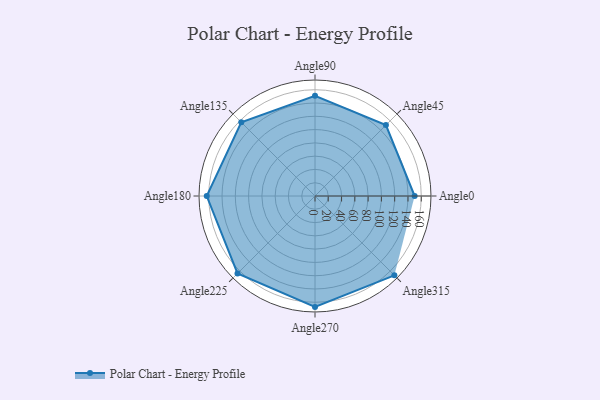
{"axis": {"x": "Angle", "y": "Radius"}, "legend": [""], "data": [{"x": "Angle0", "y": 150.0, "type": ""}, {"x": "Angle45", "y": 151.0, "type": ""}, {"x": "Angle90", "y": 151.0, "type": ""}, {"x": "Angle135", "y": 157.0, "type": ""}, {"x": "Angle180", "y": 163.0, "type": ""}, {"x": "Angle225", "y": 165.0, "type": ""}, {"x": "Angle270", "y": 167.0, "type": ""}, {"x": "Angle315", "y": 169.0, "type": ""}]}